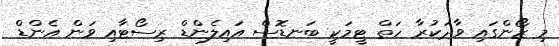
މި ޒޯންގައި ވާދަކުރާ ހަތް ޓީމަކީ ބަނޑޮސް އައިލެންޑް ރިސޯޓާއި ވަން އެންޑް